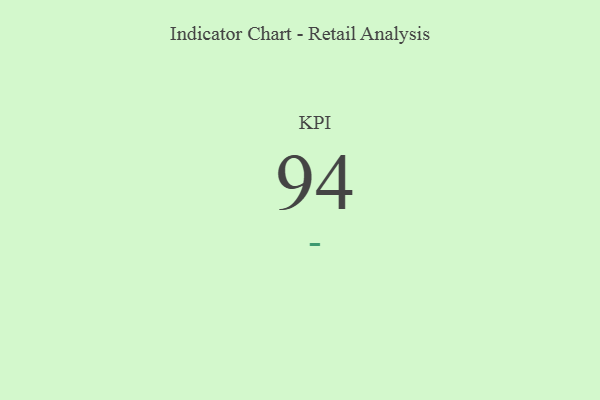
{"axis": {"x": "KPI", "y": "Value"}, "legend": [""], "data": [{"x": "KPI", "y": 94, "type": ""}]}